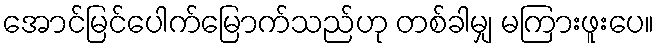
အောင်မြင်ပေါက်မြောက်သည်ဟု တစ်ခါမျှ မကြားဖူးပေ။